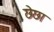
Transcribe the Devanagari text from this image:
छेछा